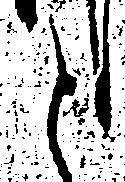
と